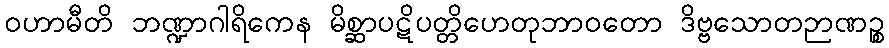
ဝဟာမီတိ ဘဏ္ဍာဂါရိကေန မိစ္ဆာပဋိပတ္တိဟေတုဘာဝတော ဒိဗ္ဗသောတဉာဏဉ္စ